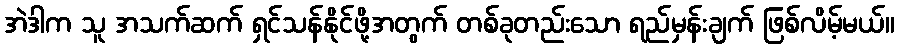
အဲဒါက သူ အသက်ဆက် ရှင်သန်နိုင်ဖို့အတွက် တစ်ခုတည်းသော ရည်မှန်းချက် ဖြစ်လိမ့်မယ်။